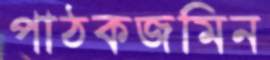
পাঠকজমিন